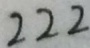
2 2 2